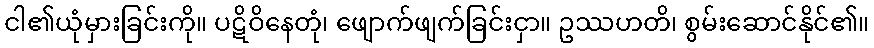
ငါ၏ယုံမှားခြင်းကို။ ပဋိဝိနေတုံ၊ ဖျောက်ဖျက်ခြင်းငှာ။ ဥဿဟတိ၊ စွမ်းဆောင်နိုင်၏။